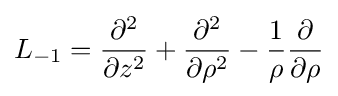
L_{-1}={\frac {\partial ^{2}}{\partial z^{2}}}+{\frac {\partial ^{2}}{\partial \rho ^{2}}}-{\frac {1}{\rho }}{\frac {\partial }{\partial \rho }}